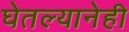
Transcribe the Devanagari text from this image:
घेतल्यानेही